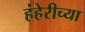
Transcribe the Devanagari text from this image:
हंहेरीच्या